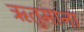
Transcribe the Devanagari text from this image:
ऋतुमाना